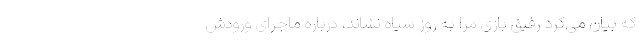
که بیان می‌کرد رفیق بازی مرا به روز سیاه نشاند، درباره ماجرای ورودش